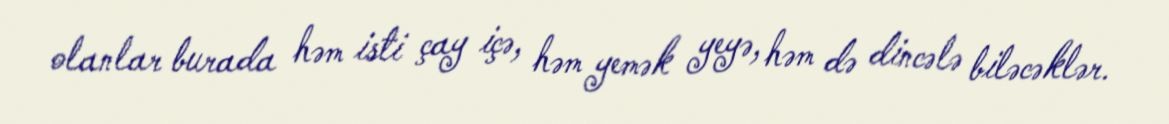
olanlar burada həm isti çay içə, həm yemək yeyə, həm də dincələ biləcəklər.